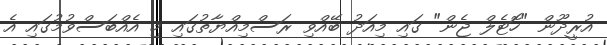
އުރީދޫން "ހޮޓެލް ޖެން" ގައި މިއަދު ބޭއްވި ރަސްމިއްޔާތުގައި މި އެއްބަސްވުމުގައި އެ